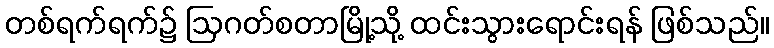
တစ်ရက်ရက်၌ ဩဂတ်စတာမြို့သို့ ထင်းသွားရောင်းရန် ဖြစ်သည်။